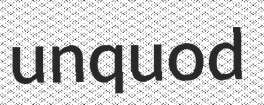
unquod